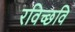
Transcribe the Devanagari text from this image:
रविच्छवि